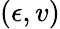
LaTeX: (\epsilon,v)